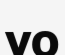
уо